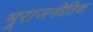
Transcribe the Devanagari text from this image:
भूराजनीतिक